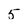
Character: 5